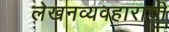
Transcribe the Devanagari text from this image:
लेखनव्यवहाराची